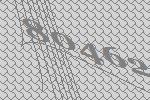
80462